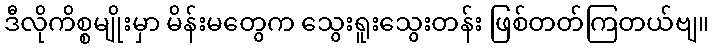
ဒီလိုကိစ္စမျိုးမှာ မိန်းမတွေက သွေးရူးသွေးတန်း ဖြစ်တတ်ကြတယ်ဗျ။